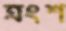
ত্রংশ